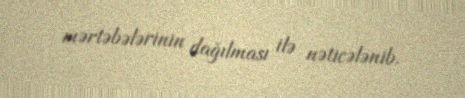
mərtəbələrinin dağılması ilə nəticələnib.